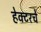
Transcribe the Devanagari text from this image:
हेक्टरचे